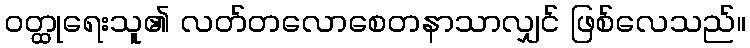
ဝတ္ထုရေးသူ၏ လတ်တလောစေတနာသာလျှင် ဖြစ်လေသည်။